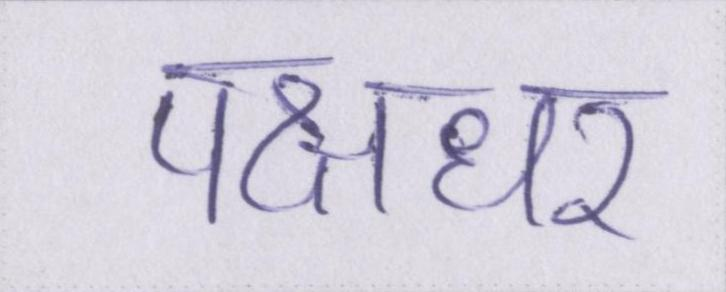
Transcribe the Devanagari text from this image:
पक्षधर